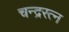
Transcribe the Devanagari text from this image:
चन्द्ररत्न